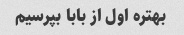
بهتره اول از بابا بپرسیم